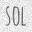
SOL